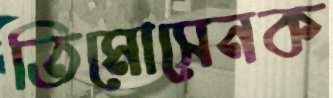
তিমোসেনক